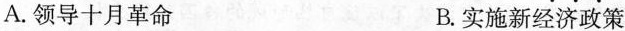
A.领导十月革命 B.实施新经济政策